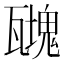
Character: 𤮟